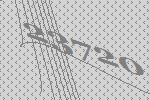
23720